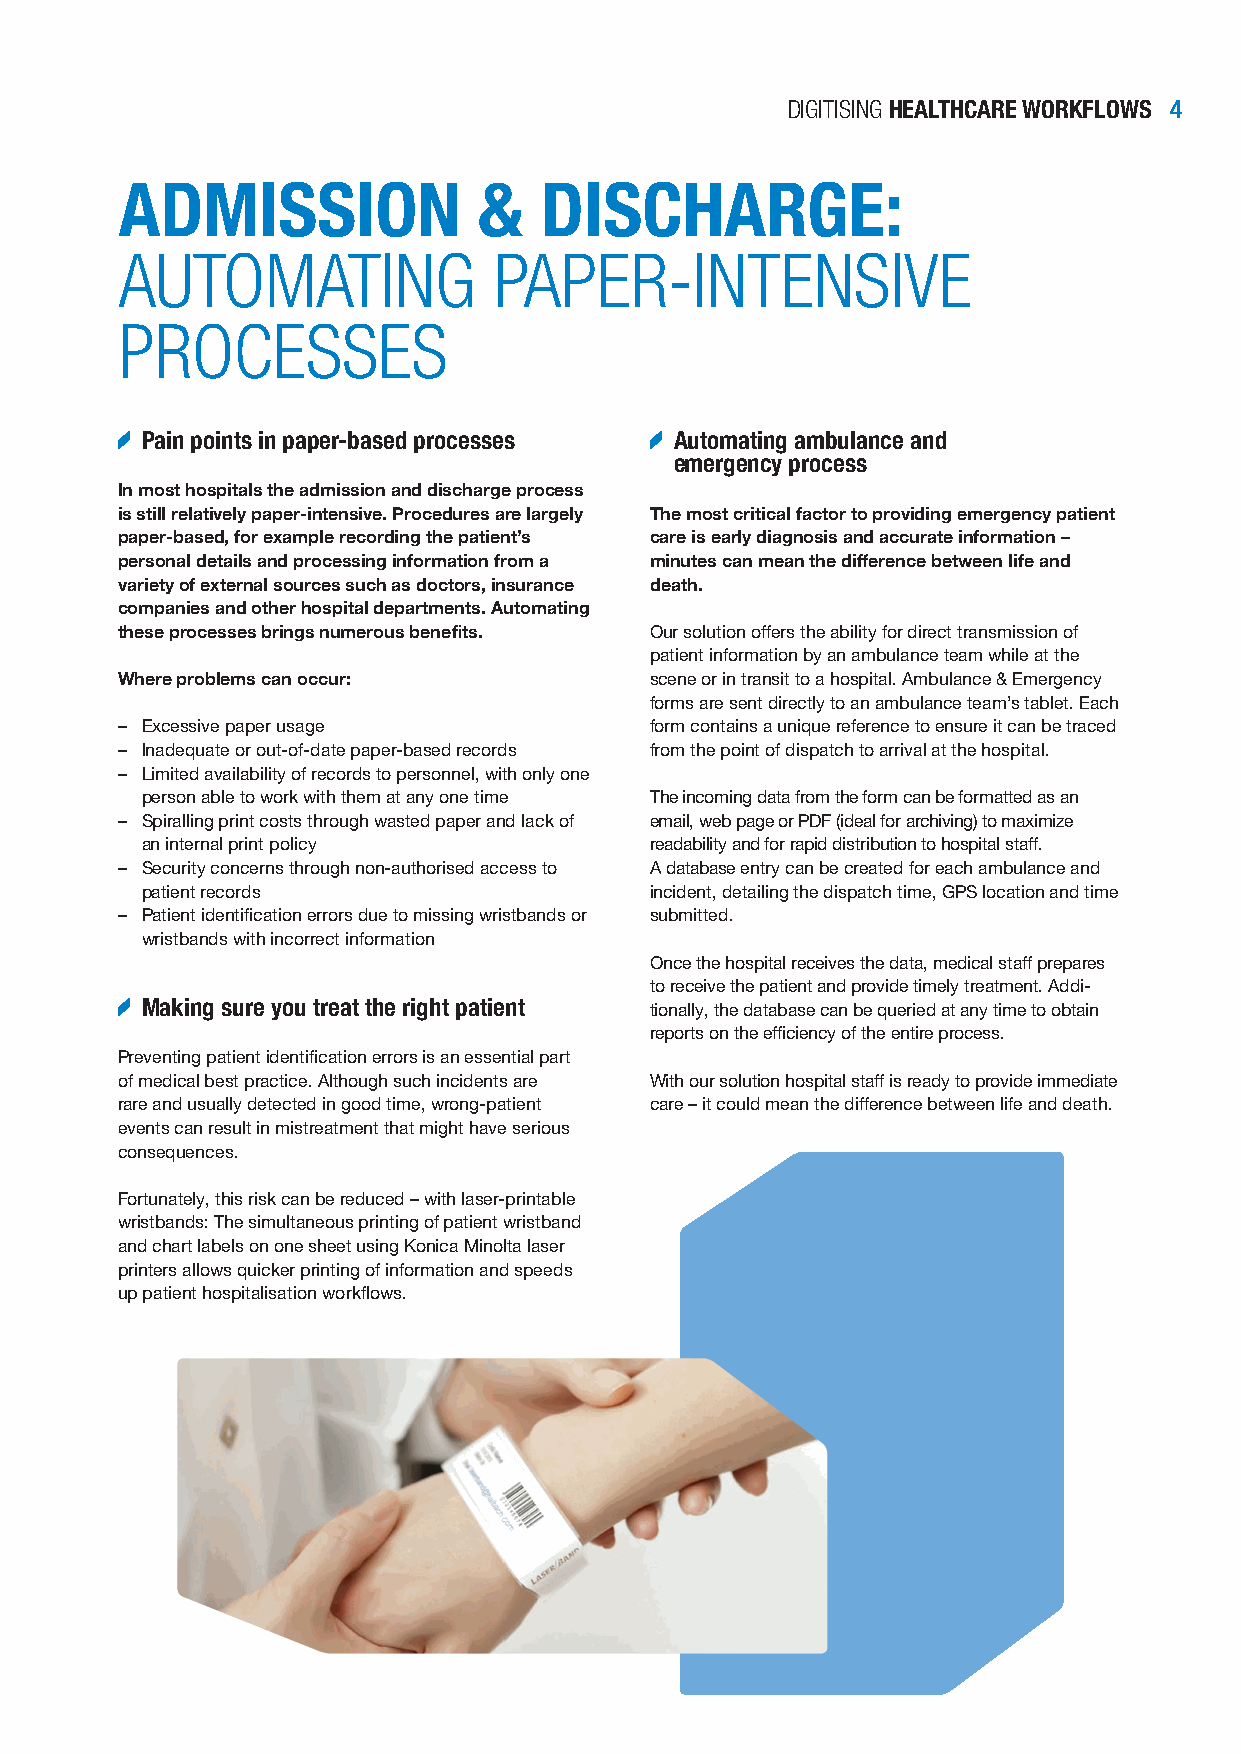
DIGITISING HEALTHCARE WORKFLOWS 4
 ADMISSION               &   DISCHARGE:
 AUTOMATING               PAPER-INTENSIVE
 PROCESSES
 Pain points in paper-based processes Automating ambulance and
 emergency process
 In most hospitals the admission and discharge proc ess
 is still relatively paper-intensive. Procedures are largely The most critical factor to providing emergency patient
 paper-based, for example recording the patient’s care is early diagnosis and accurate information –
 personal details and processing information from a minutes can mean the difference between life and
 variety of external sources such as doctors, insurance death.
 companies and other hospital departments. Automating
 these processes brings numerous benefits. Our solution offers the ability for direct transmission of
 patient information by an ambulance team while at the
 Where problems can occur:          scene or in transit to a hospital. Ambulance & Emergency
 forms are sent directly to an ambulance team’s tablet. Each
 – Excessive paper usage            form contains a unique reference to ensure it can be traced
 – Inadequate or out-of-date paper-based records from the point of dispatch to arrival at the hospital.
 – Limited availability of records to personnel, with only one
 person able to work with them at any one time The incoming data from the form can be formatted as an
 – Spiralling print costs through wasted paper and lack of email, web page or PDF (ideal for archiving) to maximize
 an internal print policy          readability and for rapid distribution to hospital staff.
 – Security concerns through non-authorised access to A database entry can be created for each ambulance and
 patient records                   incident, detailing the dispatch time, GPS location and time
 – Patient identification errors due to missing wristbands or submitted.
 wristbands with incorrect information
 Once the hospital receives the data, medical staff prepares
 to receive the patient and provide timely treatment. Addi-
 Making sure you treat the right patient tionally, the database can be queried at any time to obtain
 reports on the efficiency of the entire process.
 Preventing patient identification errors is an essential part
 of medical best practice. Although such incidents are With our solution hospital staff is ready to provide immediate
 rare and usually detected in good time, wrong-patient care – it could mean the difference between life and death.
 events can result in mistreatment that might have serious
 consequences.
 Fortunately, this risk can be reduced – with laser-printable
 wristbands: The simultaneous printing of patient wristband
 and chart labels on one sheet using Konica Minolta laser
 printers allows quicker printing of information and speeds
 up patient hospitalisation workflows.